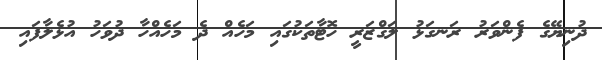
ދުނިޔޭގެ ފެންވަރު ރަނގަޅު ލަގްޒަރީ ހޮޓާތަކުގައި މަހެއް ދެ މަހެއްހާ ދުވަހު އުޅެލާފައި